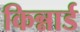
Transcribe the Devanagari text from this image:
किन्नार्ड